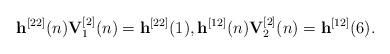
LaTeX: \begin{align*}{{\bf{h}}^{[22]}}(n){\bf{V}}_1^{[2]}(n) = {{\bf{h}}^{[22]}}(1),{{\bf{h}}^{[12]}}(n){\bf{V}}_2^{[2]}(n) = {{\bf{h}}^{[12]}}(6).\end{align*}